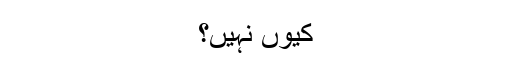
کیوں نہیں؟